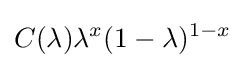
C(\lambda )\lambda ^{x}(1-\lambda )^{1-x}\!